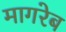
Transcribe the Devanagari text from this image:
मागरेब